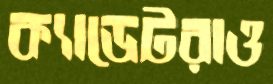
ক্যাডেটরাও